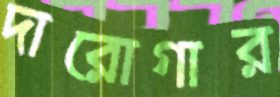
দারোগার